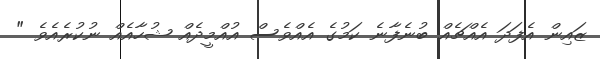
ޒައިން އެފަދަ އެއްޗެއް ބުނެފާނެ ކަމުގެ އެއްވެސް އުއްމީދެއް ޝުހާއެއް ނުކުރެއެވެ "